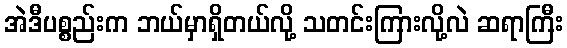
အဲဒီပစ္စည်းက ဘယ်မှာရှိတယ်လို့ သတင်းကြားလို့လဲ ဆရာကြီး